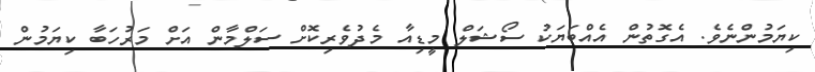
ކިޔަމުންނެވެ. އެގޮތުން އެއްބަޔަކު ސޯޝަލް މީޑިއާ މެދުވެރިކޮށް ސަލްމާން އަށް މަރުހަބާ ކިޔަމުން